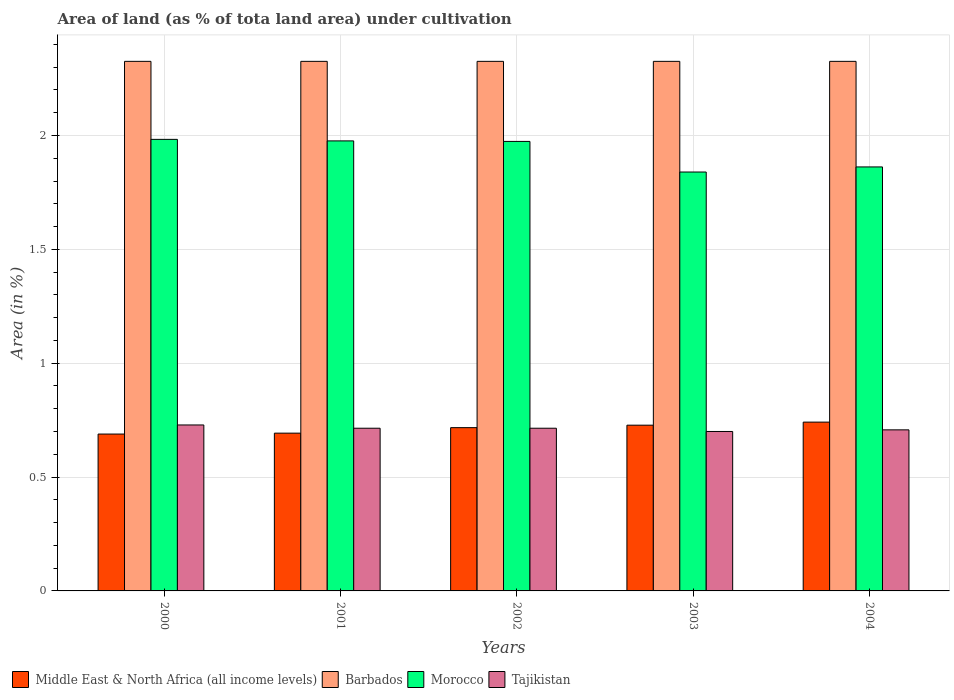
| Years | Middle East & North Africa (all income levels) | Barbados | Morocco | Tajikistan |
 | --- | --- | --- | --- | --- |
 | 2000 | 0.689 | 2.33 | 1.98 | 0.729 |
 | 2001 | 0.693 | 2.33 | 1.98 | 0.714 |
 | 2002 | 0.717 | 2.33 | 1.97 | 0.714 |
 | 2003 | 0.728 | 2.33 | 1.84 | 0.7 |
 | 2004 | 0.741 | 2.33 | 1.86 | 0.707 |